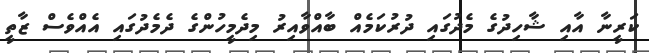
ކަރީނާ އާއި ޝާހިދުގެ މެދުގައި ދުރުކަމެއް ބާއްވާއިރު މިދެމީހުންގެ ދެމެދުގައި އެއްވެސް ޒާތީ